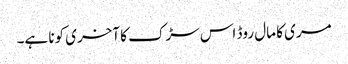
مری کا مال روڈ اس سڑک کا آخری کونا ہے۔